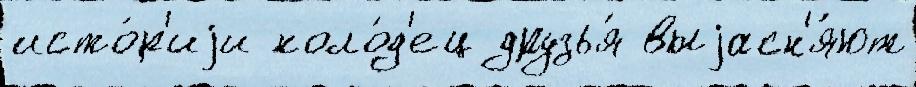
исто́р'иjи коло́д'ец друзья́ выjасн'я́ют